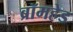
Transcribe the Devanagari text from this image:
ब्रॉमहेड